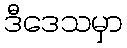
ဒီဒေသမှာ